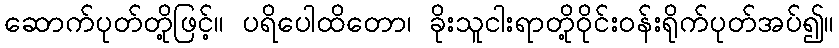
ဆောက်ပုတ်တို့ဖြင့်။ ပရိပေါထိတော၊ ခိုးသူငါးရာတို့ဝိုင်းဝန်းရိုက်ပုတ်အပ်၍။